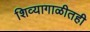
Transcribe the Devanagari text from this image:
शिव्यागाळीतही